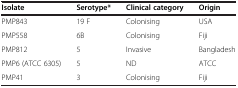
| Isolate | Serotype* | Clinical category | Origin |
 | --- | --- | --- | --- |
 | PMP843 | 19 F | Colonising | USA |
 | PMP558 | 6B | Colonising | Fiji |
 | PMP812 | 5 | Invasive | Bangladesh |
 | PMP6 (ATCC 6305) | 5 | ND | ATCC |
 | PMP41 | 3 | Colonising | Fiji |